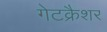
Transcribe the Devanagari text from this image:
गेटक्रैशर